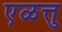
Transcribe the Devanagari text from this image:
एळत्तु